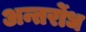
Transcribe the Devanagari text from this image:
अन्तर्रोध